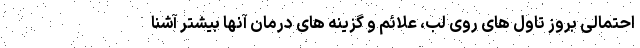
احتمالی بروز تاول های روی لب، علائم و گزینه های درمان آنها بیشتر آشنا